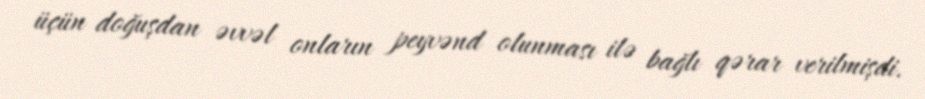
üçün doğuşdan əvvəl onların peyvənd olunması ilə bağlı qərar verilmişdi.